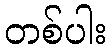
တစ်ပါး